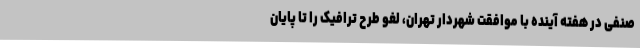
صنفی در هفته آینده با موافقت شهردار تهران، لغو طرح ترافیک را تا پایان